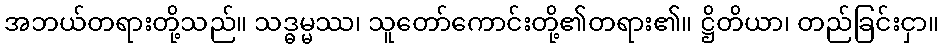
အဘယ်တရားတို့သည်။ သဒ္ဓမ္မဿ၊ သူတော်ကောင်းတို့၏တရား၏။ ဋ္ဌိတိယာ၊ တည်ခြင်းငှာ။